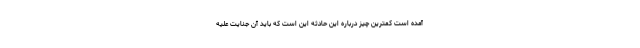
آمده است کمترین چیز درباره این حادثه این است که باید آن جنایت علیه